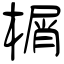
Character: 榍